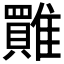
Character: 𩀺